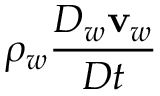
\rho _ { w } \frac { D _ { w } { \bf v } _ { w } } { D t }